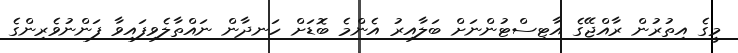
މީގެ އިތުރުން ރާއްޖޭގެ އާޓިސްޓުންނަށް ބަލާއިރު އެންމެ ބޮޑަށް ހަނދާން ނައްތާލެވިފައިވާ ފަންނުވެރިންގެ